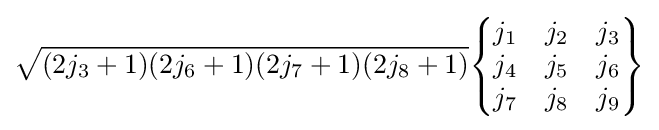
{\sqrt {(2j_{3}+1)(2j_{6}+1)(2j_{7}+1)(2j_{8}+1)}}{\begin{Bmatrix}j_{1}&j_{2}&j_{3}\\j_{4}&j_{5}&j_{6}\\j_{7}&j_{8}&j_{9}\end{Bmatrix}}